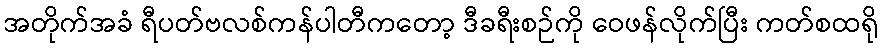
အတိုက်အခံ ရီပတ်ဗလစ်ကန်ပါတီကတော့ ဒီခရီးစဉ်ကို ဝေဖန်လိုက်ပြီး ကတ်စထရို